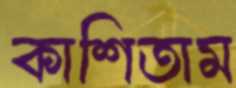
কাশিতাম